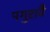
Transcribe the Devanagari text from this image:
पगुरावै